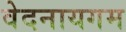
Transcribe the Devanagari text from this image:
वेदनायगम